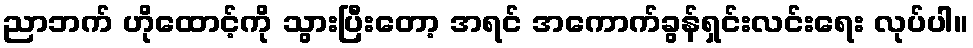
ညာဘက် ဟိုထောင့်ကို သွားပြီးတော့ အရင် အကောက်ခွန်ရှင်းလင်းရေး လုပ်ပါ။